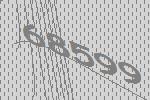
68599